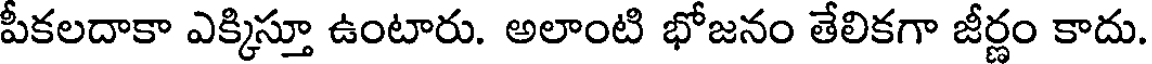
పీకలదాకా ఎక్కిస్తూ ఉంటారు. అలాంటి భోజనం తేలికగా జీర్ణం కాదు.